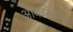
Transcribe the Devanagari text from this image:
आयझॅकना